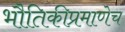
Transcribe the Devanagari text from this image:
भौतिकीप्रमाणेच